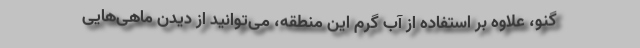
گنو، علاوه بر استفاده از آب گرم این منطقه، می‌توانید از دیدن ماهی‌هایی